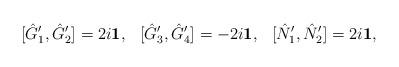
LaTeX: \begin{align*}[\hat{G}_{1}^{\prime},\hat{G}_{2}^{\prime}]=2i{\bf 1}, \hspace{0.3cm}[\hat{G}_{3}^{\prime},\hat{G}_{4}^{\prime}]=-2i{\bf 1},\hspace{0.3cm}[\hat{N}_{1}^{\prime},\hat{N}_{2}^{\prime}]=2i{\bf 1}, \end{align*}